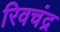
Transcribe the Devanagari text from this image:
रिवचंद्र